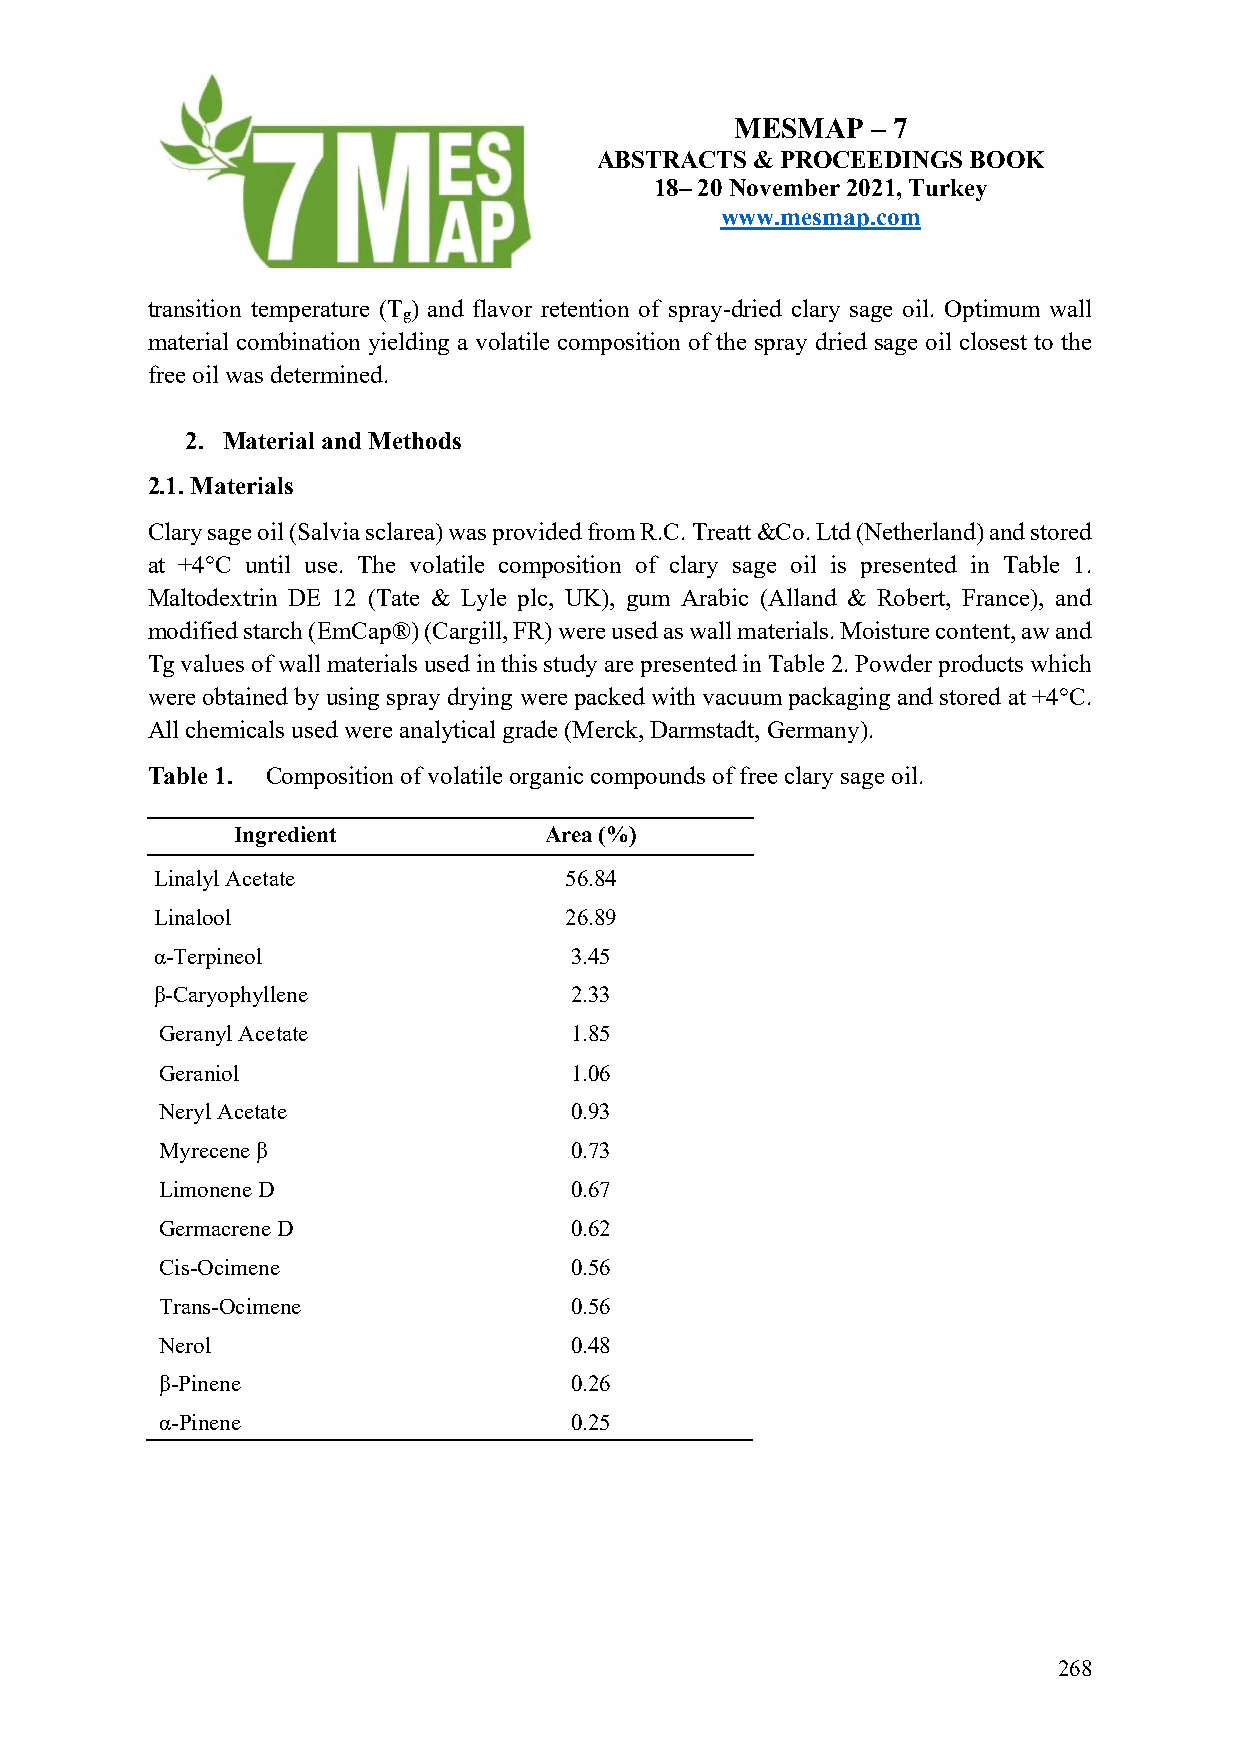
MESMAP   – 7
 ABSTRACTS  & PROCEEDINGS BOOK
 18– 20 November 2021, Turkey
 www.mesmap.com
 transition temperature (T ) and flavor retention of spray-dried clary sage oil. Optimum wall
 g
 material combination yielding a volatile composition of the spray dried sage oil closest to the
 free oil was determined.
 2. Material and Methods
 2.1. Materials
 Clary sage oil (Salvia sclarea) was provided from R.C. Treatt &Co. Ltd (Netherland) and stored
 at +4°C until use. The volatile composition of clary sage oil is presented in Table 1.
 Maltodextrin DE 12 (Tate & Lyle plc, UK), gum Arabic (Alland & Robert, France), and
 modified starch (EmCap®) (Cargill, FR) were used as wall materials. Moisture content, aw and
 Tg values of wall materials used in this study are presented in Table 2. Powder products which
 were obtained by using spray drying were packed with vacuum packaging and stored at +4°C.
 All chemicals used were analytical grade (Merck, Darmstadt, Germany).
 Table 1. Composition of volatile organic compounds of free clary sage oil.
 Ingredient           Area (%)
 Linalyl Acetate            56.84
 Linalool                   26.89
 α-Terpineol                 3.45
 β-Caryophyllene             2.33
 Geranyl Acetate            1.85
 Geraniol                   1.06
 Neryl Acetate              0.93
 Myrecene β                 0.73
 Limonene D                 0.67
 Germacrene D               0.62
 Cis-Ocimene                0.56
 Trans-Ocimene              0.56
 Nerol                      0.48
 β-Pinene                   0.26
 α-Pinene                   0.25
 268